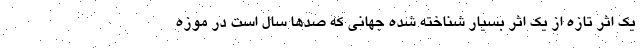
یک اثر تازه از یک اثر بسیار شناخته شده جهانی که صدها سال است در موزه